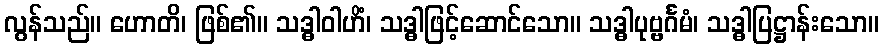
လွန်သည်။ ဟောတိ၊ ဖြစ်၏။ သဒ္ဓါဝါဟိံ၊ သဒ္ဓါဖြင့်ဆောင်သော။ သဒ္ဓါပုဗ္ဗင်္ဂမံ၊ သဒ္ဓါပြဋ္ဌာန်းသော။